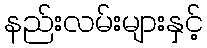
နည်းလမ်းများနှင့်